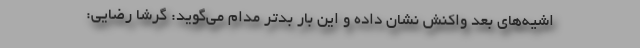
اشیه‌های بعد واکنش نشان داده و این بار بدتر مدام می‌گوید: گرشا رضایی: